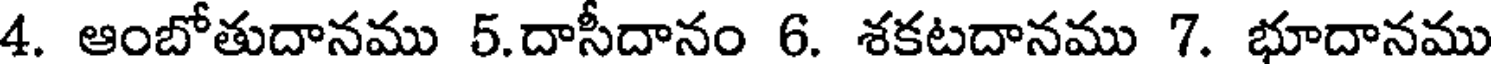
4. ఆంబోతుదానము 5.దాసీదానం 6. శకటదానము 7. భూదానము